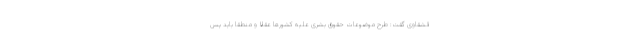
قشقاوی گفت: طرح موضوعات حقوق بشری علیه کشورها عقلا و منطقا باید پس